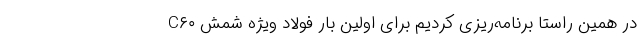
در همین راستا برنامه‌ریزی کردیم برای اولین بار فولاد ویژه شمش C۶۰